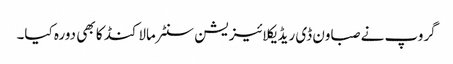
گروپ نے صباون ڈی ریڈیکلائیزیشن سنٹر مالاکنڈ کا بھی دورہ کیا۔